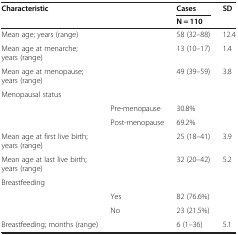
| <ROWSPAN=2> Characteristic | <ROWSPAN=2>  | Cases | <ROWSPAN=2> SD |
 | N = 110 |
 | --- | --- | --- | --- |
 | Mean age; years (range) |  | 58 (32–88) | 12.4 |
 | Mean age at menarche; years (range) |  | 13 (10–17) | 1.4 |
 | Mean age at menopause; years (range) |  | 49 (39–59) | 3.8 |
 | Menopausal status |  |  |  |
 |  | Pre-menopause | 30.8% |  |
 |  | Post-menopause | 69.2% |  |
 | Mean age at first live birth; years (range) |  | 25 (18–41) | 3.9 |
 | Mean age at last live birth; years (range) |  | 32 (20–42) | 5.2 |
 | Breastfeeding |  |  |  |
 |  | Yes | 82 (76.6%) |  |
 |  | No | 23 (21.5%) |  |
 | Breastfeeding; months (range) |  | 6 (1–36) | 5.1 |